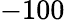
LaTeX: -100